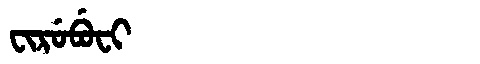
Manchu: ᠸᡳᡵᡠᠪᡠᠸᡳ
Romanization: FIRUBUFI